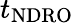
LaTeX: t_{\mathrm{NDRO}}